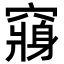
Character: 𮄕